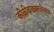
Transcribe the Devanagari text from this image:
कोळीवाड्यानजीकच्या